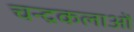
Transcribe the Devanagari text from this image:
चन्द्रकलाओं